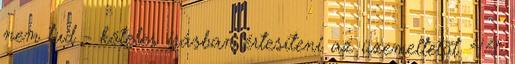
nem tud - köteles írásban értesíteni az üzemeltetõt. 4.4.